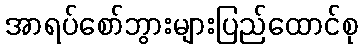
အာရပ်စော်ဘွားများပြည်ထောင်စု